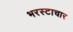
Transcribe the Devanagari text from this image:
भरस्टाचार